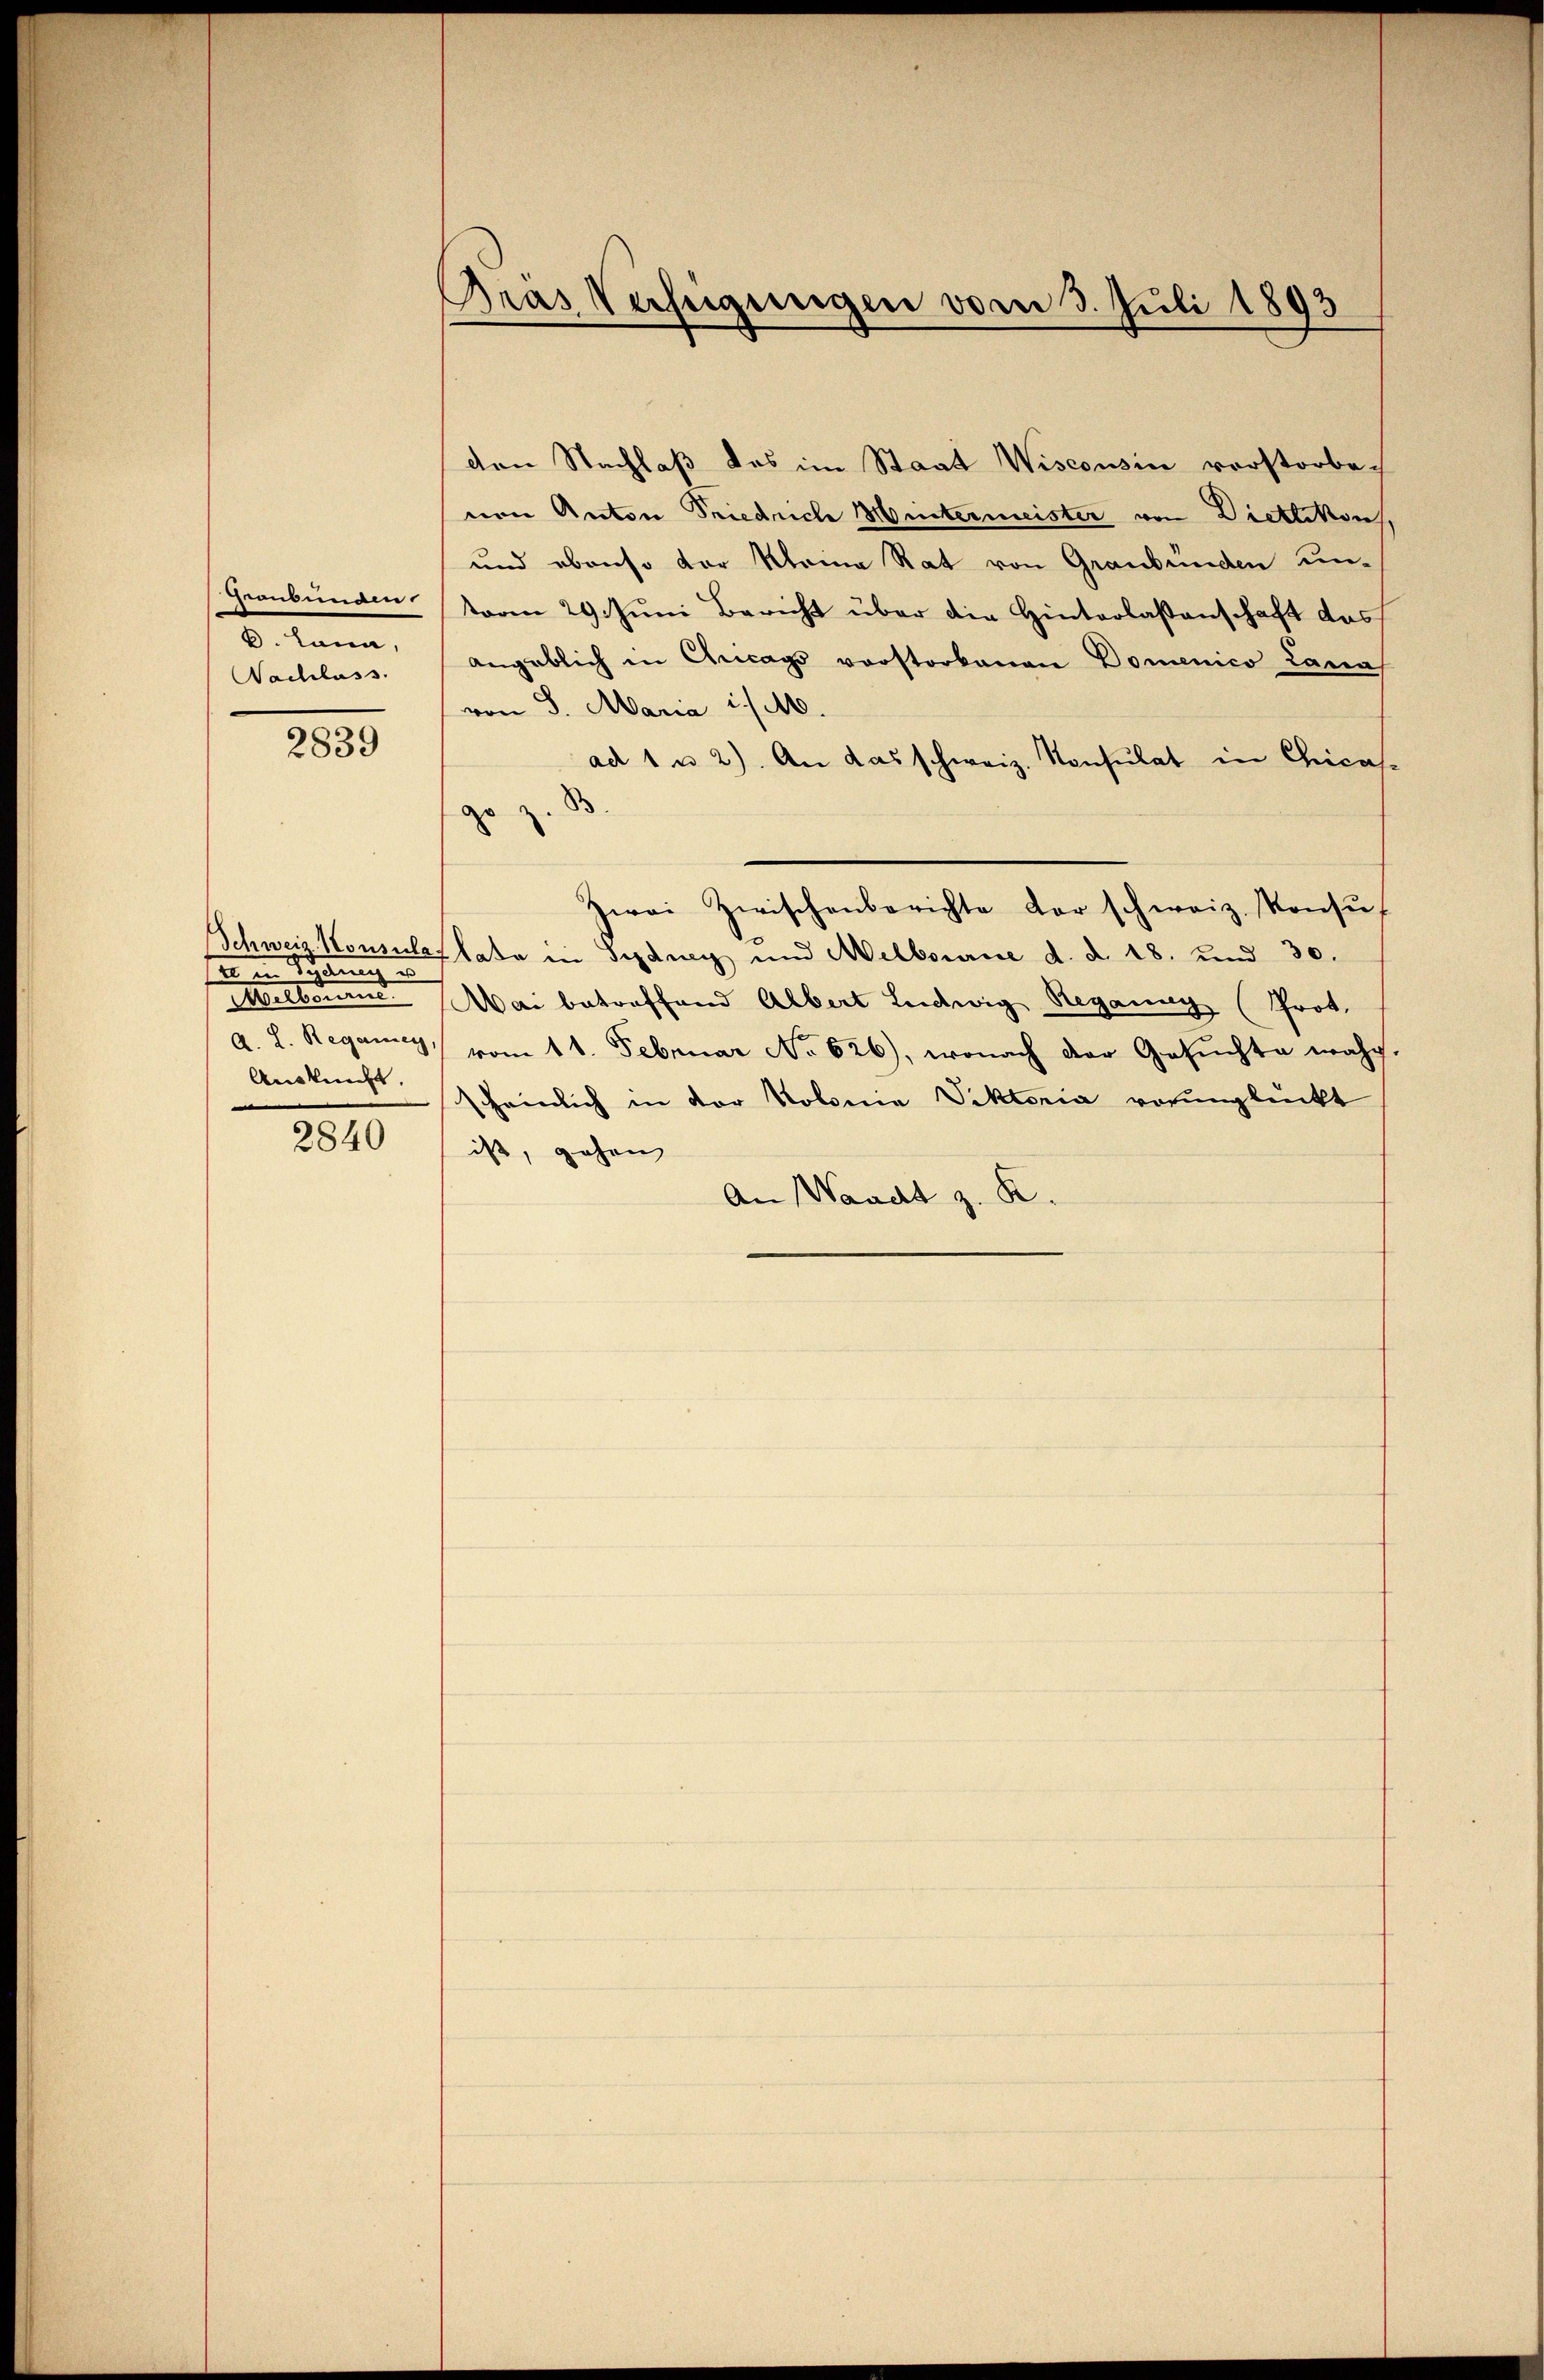
Heubinam.
. kann,
Nachlass.

2839

Schweiz. Konsula
sel in Rechnung u
Mitbenend
Auskunft.

2840

Bras Verfügungen vom 3. Juli 1893

den Nachlaß des im Staat Wisconsin vorstorbenen Anton Friedrich Hintermeister von Dietlikon,
und ebenso der Kleine Rat von Graubünden unterm 29. Juni Bericht über die Hinterlassenschaft das
angeblich in Ancags vorstorbenen Domenico Lanas
von S. Maria i/M.
ad 1 u 2). An das schweiz. Konsulat in Chicas
gr.
Zwei Zwischenberichte der schweiz. Konsul
Plate in Sydney und Melbourne d. d. 18. und 30.
Mai betreffend Albert Ludwig Reganny (Prot.
a. h. Regang vom 11. Februar No 626), wonach der Gesuchte wahr
scheinlich in der Kolonia Viktoria verunglückt
ist, gehen
An Waadt z. K.